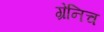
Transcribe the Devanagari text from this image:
ग्रेनिच